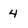
Character: 4